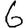
Digit: 6